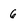
Character: 6